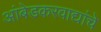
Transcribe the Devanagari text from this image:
आंबेडकरवाद्यांचे